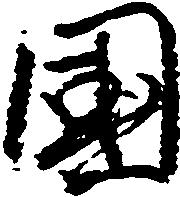
国